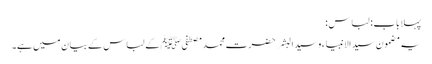
پہلا باب : لباس :
یہ مضمون سید الانبیاء وسید البشر حضرت محمد مصطفی ﷺ کے لباس کے بیان میں ہے۔